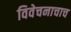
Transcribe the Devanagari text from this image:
विवेचनाचाच